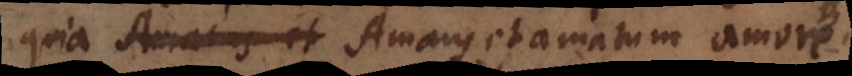
quia Amans et amatum amore